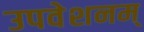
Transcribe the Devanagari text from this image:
उपवेशनम्